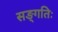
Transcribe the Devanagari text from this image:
सङ्गतिः